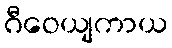
ဂီဝေယျကာယ